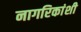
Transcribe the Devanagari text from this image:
नागरिकांशी